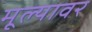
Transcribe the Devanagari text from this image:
मूल्यावर